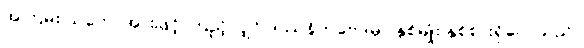
အကြမ်း သဘောအားဖြင့် ကြည့်လျှင် ဒဿနိကဗေဒမှာ နှစ်မျိုး နှစ်စားရှိလေသည်။